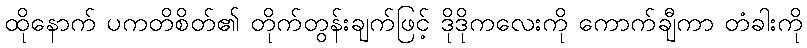
ထိုနောက် ပကတိစိတ်၏ တိုက်တွန်းချက်ဖြင့် ဒိုဒိုကလေးကို ကောက်ချီကာ တံခါးကို